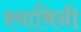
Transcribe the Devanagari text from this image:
श्यामिनी